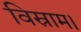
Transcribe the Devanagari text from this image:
विस्राम।